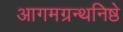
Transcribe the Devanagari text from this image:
आगमग्रन्थनिष्ठे